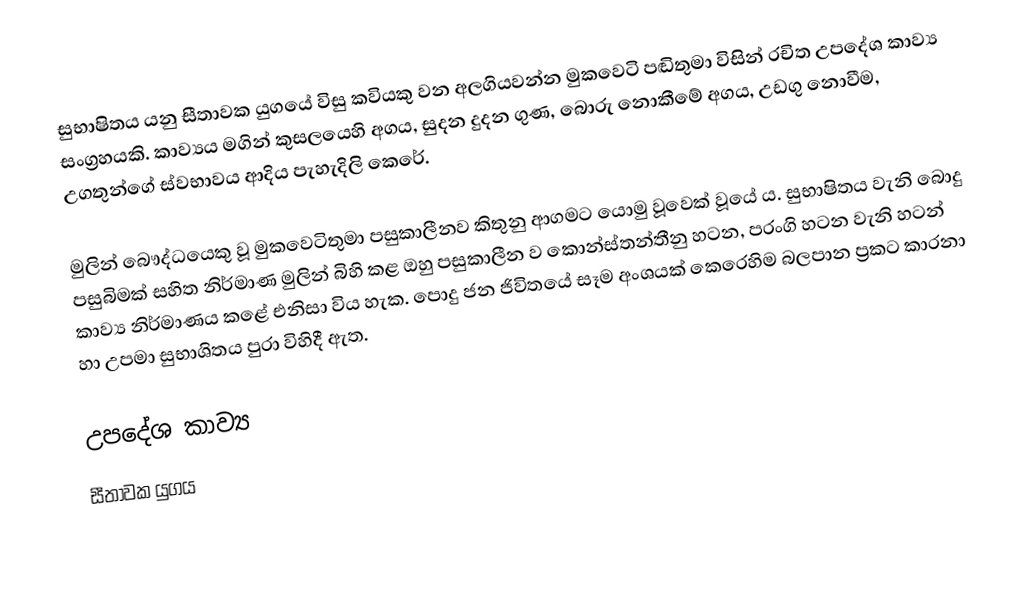
සුභාෂිතය යනු සීතාවක යුගයේ විසු කවියකු වන අලගියවන්න මුකවෙටි පඬිතුමා විසින් රචිත උපදේශ කාව්‍ය සංග්‍රහයකි. කාව්‍යය මගින් කුසලයෙහි අගය, සුදන දුදන ගුණ, බොරු නොකීමේ අගය, උඩගු නොවීම, උගතුන්ගේ ස්වභාවය ආදිය පැහැදිලි කෙරේ.

මුලින් බෞද්ධයෙකු වූ මුකවෙටිතුමා පසුකාලීනව කිතුනු ආගමට යොමු වූවෙක් වූයේ ය. සුභාෂිතය වැනි බොදු පසුබිමක් සහිත නිර්මාණ මුලින් බිහි කළ ඔහු පසුකාලීන ව කොන්ස්තන්තීනු හටන, පරංගි හටන වැනි හටන් කාව්‍ය නිර්මාණය කළේ එනිසා විය හැක. පොදු ජන ජිවිතයේ සෑම අංශයක් කෙරෙහිම බලපාන ප්‍රකට කාරනා හා උපමා සුභාශිතය පුරා විහිදී ඇත.

උපදේශ කාව්‍ය
සීතාවක යුගය